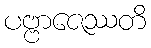
ပဗ္ဗာဇေဿတိ